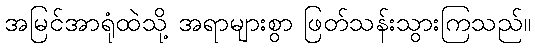
အမြင်အာရုံထဲသို့ အရာများစွာ ဖြတ်သန်းသွားကြသည်။